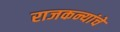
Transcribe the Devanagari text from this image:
राजकन्यांचे